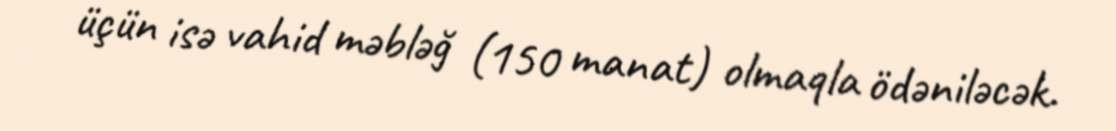
üçün isə vahid məbləğ (150 manat) olmaqla ödəniləcək.